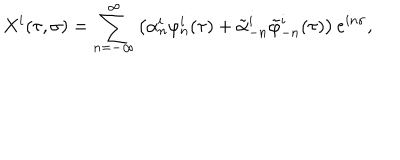
LaTeX: X ^ { i } ( \tau , \sigma ) = \sum _ { n = - \infty } ^ { \infty } \left( \alpha _ { n } ^ { i } \varphi _ { n } ^ { i } ( \tau ) + \tilde { \alpha } _ { - n } ^ { i } \tilde { \varphi } _ { - n } ^ { i } ( \tau ) \right) e ^ { i n \sigma } ,